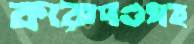
কারাদণ্ডসহ